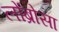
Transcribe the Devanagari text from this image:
लोंब्रोसा